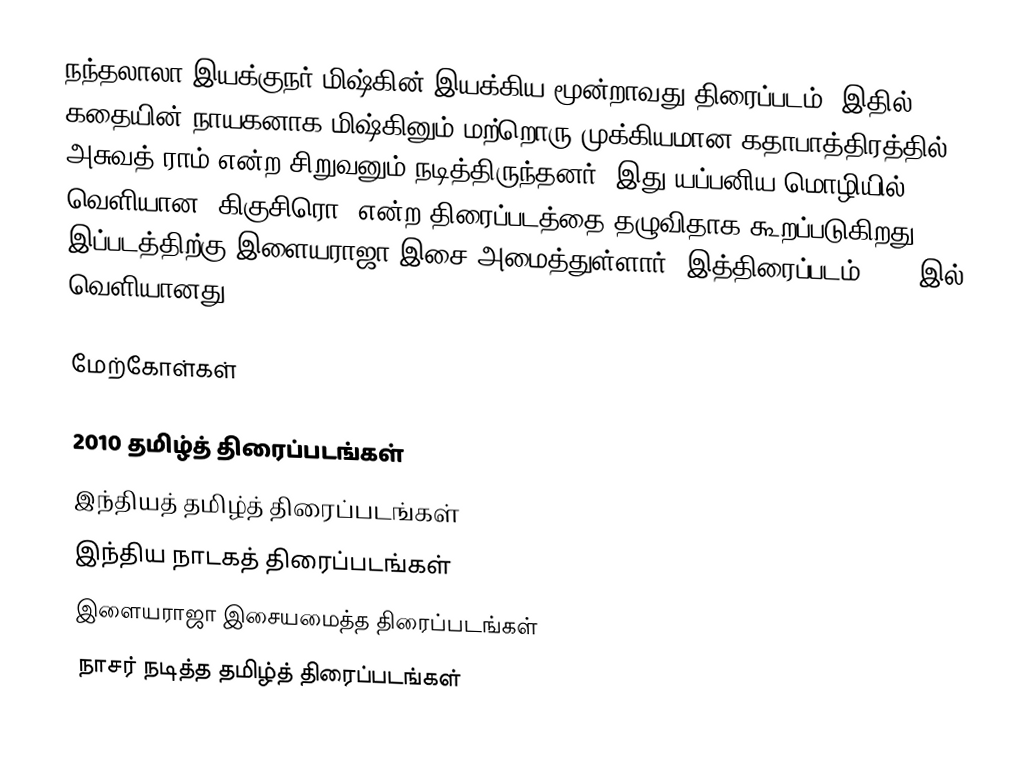
நந்தலாலா இயக்குநர் மிஷ்கின் இயக்கிய மூன்றாவது திரைப்படம். இதில் கதையின் நாயகனாக மிஷ்கினும் மற்றொரு முக்கியமான கதாபாத்திரத்தில் அசுவத் ராம் என்ற சிறுவனும் நடித்திருந்தனர். இது யப்பனிய மொழியில் வெளியான "கிகுசிரொ" என்ற திரைப்படத்தை தழுவிதாக கூறப்படுகிறது. இப்படத்திற்கு இளையராஜா இசை அமைத்துள்ளார். இத்திரைப்படம் 2010 இல் வெளியானது.

மேற்கோள்கள்

2010 தமிழ்த் திரைப்படங்கள்
இந்தியத் தமிழ்த் திரைப்படங்கள்
இந்திய நாடகத் திரைப்படங்கள்
இளையராஜா இசையமைத்த திரைப்படங்கள்
நாசர் நடித்த தமிழ்த் திரைப்படங்கள்